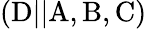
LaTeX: \mathrm{\left(D\vert\vert A,B,C\right)}